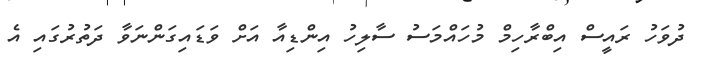
ދުވަހު ރައީސް އިބްރާހިމް މުހައްމަސު ސާލިހު އިންޑިއާ އަށް ވަޑައިގަންނަވާ ދަތުރުގައި އެ